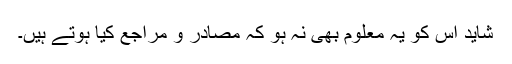
شاید اس کو یہ معلوم بھی نہ ہو کہ مصادر و مراجع کیا ہوتے ہیں۔